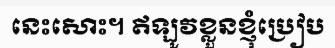
នេះសោះ។ ឥឡូវខ្លួនខ្ញុំប្រៀប